Vaccination in Burma 1900-1911 - 1900-1911
Year: 1900
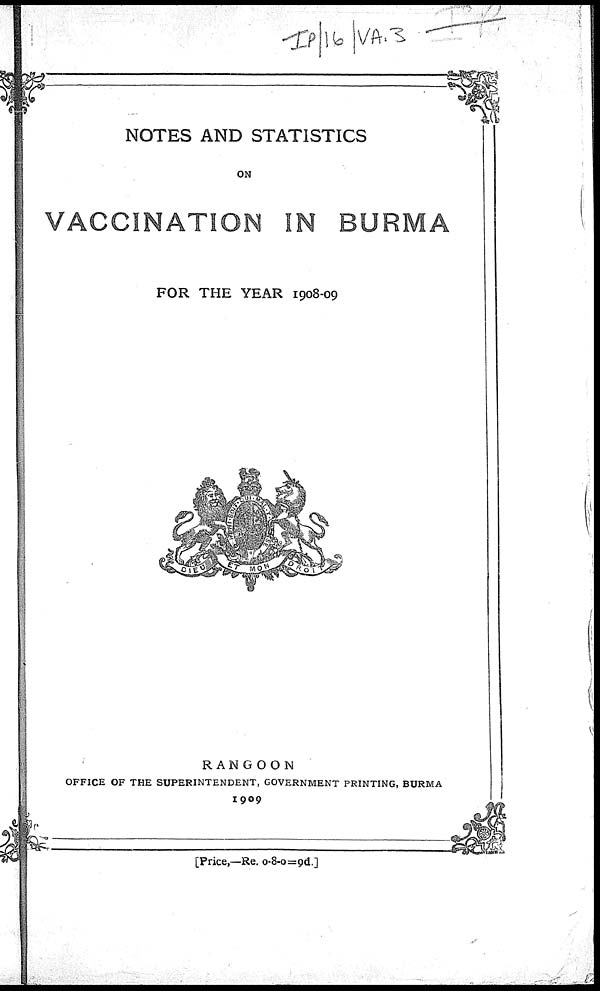
NOTES AND STATISTICS
ON
VACCINATION IN BURMA
FOR THE YEAR 1908-09
RANGOON
OFFICE OF THE SUPERINTENDENT, GOVERNMENT PRINTING, BURMA
1909
[Price,—Re. 0-8-0=9d.]